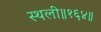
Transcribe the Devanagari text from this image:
स्थली॥१६४॥